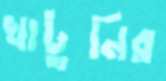
খাটুনির